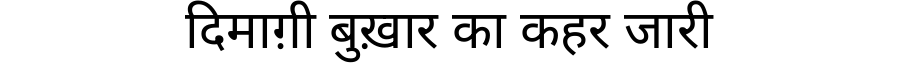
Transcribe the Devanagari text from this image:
दिमाग़ी बुख़ार का कहर जारी